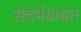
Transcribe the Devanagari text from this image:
संदर्भग्रंथात